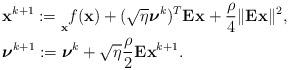
LaTeX: \begin{align*}& \mathbf{x}^{k+1} := \underset{\mathbf{x}}{} f(\mathbf{x}) + (\sqrt{\eta} \boldsymbol{\nu}^k)^T \mathbf{E}_{}\mathbf{x} + \frac{\rho}{4} \|\mathbf{E}_{}\mathbf{x}\|^2, \\& \boldsymbol{\nu}^{k+1} := \boldsymbol{\nu}^k + \sqrt{\eta} \frac{\rho}{2} \mathbf{E}_{}\mathbf{x}^{k+1}.\end{align*}